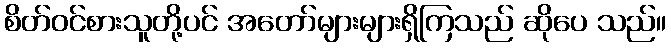
စိတ်ဝင်စားသူတို့ပင် အတော်များများရှိကြသည် ဆိုပေ သည်။